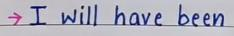
-> I will have been